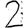
Digit: 2